Report on vaccination in Madras 1877-1894 - 1877-1894
Year: 1877
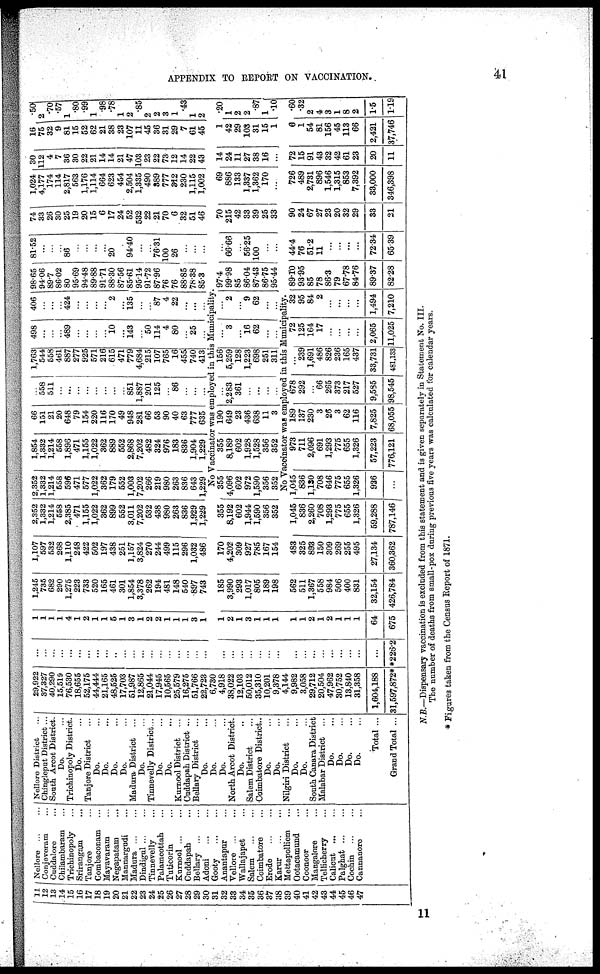
APPENDIX TO REPORT ON VACCINATION.
41
11
12
13
14
15
16
17
18
19
20
21
22
23
24
25
26
27
28
29
30
31
32
33
34
35
36
37
38
39
40
41
42
43
44
45
46
47
Nellore ... ...
Conjeveram ...
Cuddalore ...
Chilambaram ...
Trichinopoly ...
Srirangam
...
Tanjore ...
Combaconam ...
Mayavaram ...
Negapatam ...
Mannargudi ...
Madura
...
...
Dindignl ... ...
Tinnevelly ...
Palamcottah ...
Tuticorin ...
Kurnool ... ...
Cuddapah ...
Bellary
...
...
Adoni
...
...
Gooty
...
...
Anantapur ... ...
Vellore
...
...
Wallajapet ...
Salem
...
...
Coimbatore ...
Erode
...
...
Karur
...
...
Mettapolliem ...
Ootacamund ...
Coonoor ...
Mangalore ...
Tellicherry...
Calicut
...
...
Palghat
...
...
Cochin ... ...
Cannanore ...
Nellore District ...
Chingleput District ...
South Arcot District.
Do. ...
Trichinopoly District.
Do. ...
Tanjore District ...
Do. ...
Do. ...
Do. ...
Do. ...
Madura District ...
Do. ...
Tinnevelly District ...
Do. ...
Do. ...
Kurnool District ...
Cuddapah District ...
Bellary District ...
Do. ...
Do. ...
Do. ...
North Arcot District.
Do. ...
Salem District ...
Coimbatore District..
Do. ...
Do. ...
Nilgiri District ...
Do. ...
Do. ...
South Canara District
Malabar District ...
Do. ...
Do. ...
Do. ...
Do. ...
Total ...
Grand Total ...
29,922
37,327
40,290
15,519
76,530
18,655
52,175
44,444
21,165
48,525
17,703
51,987
12,865
21,044
17,945
10,565
25,579
16,275
51,766
22,723
6,730
4,918
38,022
12,103
50,012
35,310
10,201
9,378
4,144
9,982
3,058
29,712
20,504
47,962
30,752
13,840
31,358
1,604,188
31,597,872*
...
...
...
...
...
...
...
...
...
...
...
...
...
...
...
...
...
...
...
...
1
1
1
1
4
1
2
1
1
5
1
3
1
2
2
1
1
1
3
1
1,245
735
682
290
1,275
223
733
520
165
461
301
1,854
3,378
262
194
481
148
540
897
743
1,107
597
532
268
1,110
248
422
502
197
438
251
1,157
3,824
270
244
499
115
296
1,032
486
2,352
1,332
1,214
558
2,385
471
1,155
1,022
362
899
552
3,011
7,202
532
438
980
263
836
1,929
1,229
2,352
1,332
1,214
558
596
471
577
1,022
362
179
552
1,003
7,202
266
219
980
263
836
643
1,229
1,854
1,332
1,214
558
1,896
471
1,155
1,022
362
889
552
2,868
7,202
482
324
976
183
836
1,904
1,229
66
151
21
20
648
79
154
220
116
170
49
948
281
66
53
90
40
63
777
635
...
558
511
...
...
...
...
...
...
...
...
851
1,887
201
125
...
86
...
...
...
1,763
544
558
461
887
277
925
571
216
615
471
779
4,684
215
107
765
16
455
740
413
498
...
...
... 489
...
...
...
...
10
...
143
...
50
114
4
80
...
25
...
406
...
...
... 424
...
...
...
...
2
...
135
...
...
87
4
22
...
...
...
98.65
94.06
89.7
86.02
80
95.69
94.48
89.88
91.71
88.30
87.56
85.61
95.14
91.72
87.96
76
76
88.85
78.38
85.3
81.52
...
...
...
86
...
...
...
...
20
...
94.40
...
...
76.31
100
26
...
...
...
74
33
26
30
25
19
20
15
6
17
24
52
532
22
21
70
6
32
51
46
1,024
4,177
174
114
2,817
563
1,176
1,114
664
623
454
2,504
1,335
490
389
777
312
230
1,115
1,002
30
112
4
7
36
30
22
21
14
14
21
47
103
23
22
73
12
14
22
43
16
75
32
9
81
15
52
62
21
38
23
107
11
45
36
31
29
7
61
45
.50
2
.70
.57
1
.80
.99
1
.98
.78
1
2
.85
2
2
3
1
.43
1
2
No Vaccinator was employed in this Municipality.
...
...
...
...
...
...
...
1
2
1
3
1
1
1
185
3,990
293
1,017
805
189
198
170
4,202
309
927
785
167
154
355
8,192
602
1,944
1,590
356
352
355
4,096
602
972
1,590
356
352
355
8,189
602
1,928
1,528
356
352
190
649
23
436
638
11
3
...
2,283
361
...
...
...
...
156
5,259
128
1,223
698
251
311
...
3
...
16
62
...
...
...
2
...
9
62
...
...
97.4
99.98
85
86.04
87.43
86.75
95.44
...
66.66
...
56.25
100
...
...
70
215
42
33
39
25
33
69
886
133
1,337
1,362
170
...
14
24
11
27
38
16
...
1
42
29
103
31
15
1
.20
1
2
2
.87
1
.10
No Vaccinator was employed in this Municipality.
...
...
...
...
...
...
...
...
...
*226.2
1
1
2
1
2
1
1
1
64
675
562
511
1,367
558
984
506
400
831
32,154
426,784
483
325
893
150
309
269
255
495
27,134
360,362
1,045
836
2,260
708
1,293
775
655
1,326
59,288
787,146
1,045
836
1,130
708
646
775
655
1,326
926
...
973
711
2,096
691
1,293
775
655
1,326
57,223
776,121
189
137
230
3
26
3
62
116
7,825
68,055
678
292
...
66
265
373
217
527
9,585
98,545
...
239
1,691
486
826
236
165
437
33,731
481,133
72
125
164
17
...
...
...
...
2,065
11,025
32
95
84
2
...
...
...
...
1,494
7,210
89.10
93.95
85
78
86.3
79
67.78
84.76
89.37
82.28
44.4
76
51.2
11
...
...
...
...
72.34
65.39
90
24
67
27
23
20
32
29
33
21
726
489
2,731
896
1,546
1,315
853
7,392
33,000
346,398
72
15
91
43
32
42
61
23
20
11
6
1
54
81
156
45
113
66
2,421
37,746
.60
.32
2
4
3
1
8
2
1.5
1.19
N.B.—Dispensary vaccination is excluded from this statement and is given separately in Statement No. III.
The number of deaths from small-pox during previous five years was calculated for calendar years.
* Figures taken from the Census Report of 1871.
11